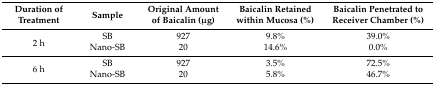
<table><thead><tr><td><b>Duration of Treatment</b></td><td><b>Sample</b></td><td><b>Original Amount of Baicalin (μg)</b></td><td><b>Baicalin Retained within Mucosa (%)</b></td><td><b>Baicalin Penetrated to Receiver Chamber (%)</b></td></tr></thead><tbody><tr><td rowspan="2">2 h</td><td>SB</td><td>927</td><td>9.8%</td><td>39.0%</td></tr><tr><td>Nano-SB</td><td>20</td><td>14.6%</td><td>0.0%</td></tr><tr><td rowspan="2">6 h</td><td>SB</td><td>927</td><td>3.5%</td><td>72.5%</td></tr><tr><td>Nano-SB</td><td>20</td><td>5.8%</td><td>46.7%</td></tr></tbody></table>